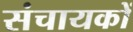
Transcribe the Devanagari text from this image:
संचायकों